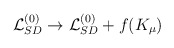
\begin{align*}{\cal L}_{SD}^{(0)} \to {\cal L}_{SD}^{(0)} + f(K_\mu)\end{align*}